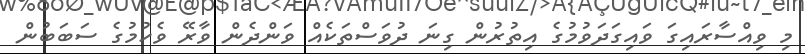
މި ވިއްސާރައިގަ ވައިގަދަވުމުގެ އިތުރުން ގިނަ ދުވަސްތަކެއް ވަންދެން ވާރޭ ވެހުމުގެ ސަބަބުން